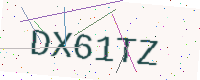
Text: DX61TZ